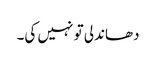
دھاندلی تو نہیں کی۔